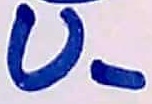
Text: U-